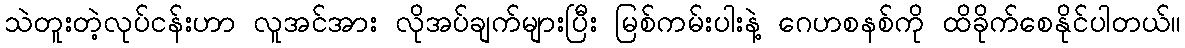
သဲတူးတဲ့လုပ်ငန်းဟာ လူအင်အား လိုအပ်ချက်များပြီး မြစ်ကမ်းပါးနဲ့ ဂေဟစနစ်ကို ထိခိုက်စေနိုင်ပါတယ်။